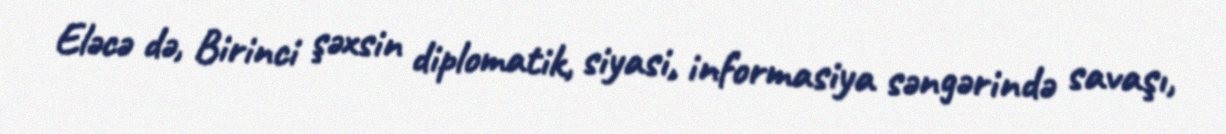
Eləcə də, Birinci şəxsin diplomatik, siyasi, informasiya səngərində savaşı,